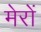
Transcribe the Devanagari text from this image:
मेरों